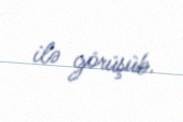
ilə görüşüb.